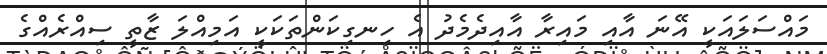
މައްސަލައަކީ އޭނަ އާއި މައިރާ އާއިދެމެދު އެ ހިނގިކަންތަކަކީ އަމިއްލަ ޒާތީ ސިއްރެއްގެ